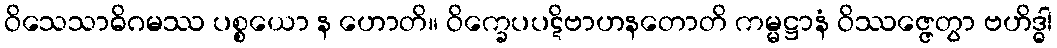
ဝိသေသာဓိဂမဿ ပစ္စယော န ဟောတိ။ ဝိက္ခေပပဋိဗာဟနတောတိ ကမ္မဋ္ဌာနံ ဝိဿဇ္ဇေတွာ ဗဟိဒ္ဓါ